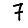
Digit: 7